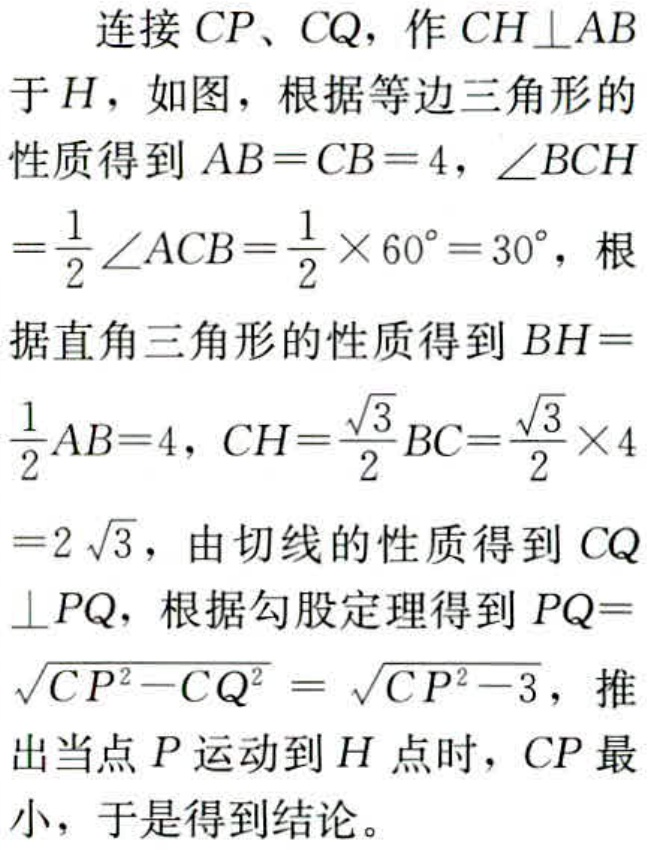
连接 \(CP\)、\(CQ\)，作 \(CH\perp AB\) 于 \(H\)，如图，根据等边三角形的性质得到 \(AB = CB = 4\)，\(\angle BCH=\frac{1}{2}\angle ACB=\frac{1}{2}\times60^{\circ}=30^{\circ}\)，根据直角三角形的性质得到 \(BH = \frac{1}{2}AB = 4\)，\(CH=\frac{\sqrt{3}}{2}BC=\frac{\sqrt{3}}{2}\times4 = 2\sqrt{3}\)，由切线的性质得到 \(CQ\perp PQ\)，根据勾股定理得到 \(PQ=\sqrt{CP^{2}-CQ^{2}}=\sqrt{CP^{2}-3}\)，推出当点 \(P\) 运动到 \(H\) 点时，\(CP\) 最小，于是得到结论。